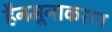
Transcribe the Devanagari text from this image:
हैनमूनाकरण